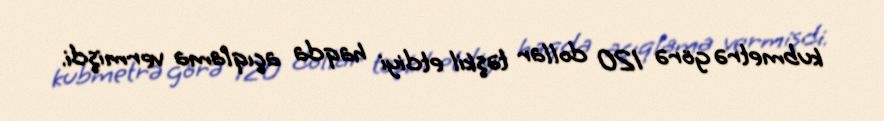
kubmetrə görə 120 dollar təşkil etdiyi haqda açıqlama vermişdi.